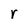
Character: r